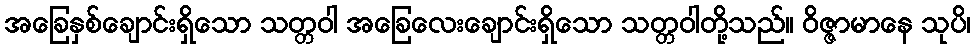
အခြေနှစ်ချောင်းရှိသော သတ္တဝါ အခြေလေးချောင်းရှိသော သတ္တဝါတို့သည်။ ဝိဇ္ဇာမာနေ သုပိ၊